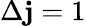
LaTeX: \Delta\mathbf{j}=1